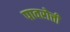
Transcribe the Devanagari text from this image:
पावरोत्ती